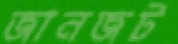
জানজট